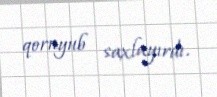
qoruyub saxlayırdı.